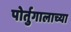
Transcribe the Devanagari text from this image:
पोर्तुगालाच्या